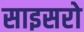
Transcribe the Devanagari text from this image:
साइसरो